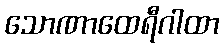
သောဏာထေရီဂါထာ